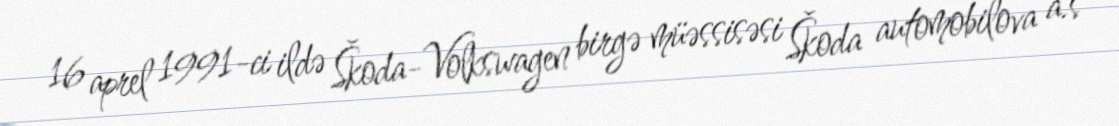
16 aprel 1991-ci ildə Škoda-Volkswagen birgə müəssisəsi Škoda automobilova a.s